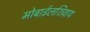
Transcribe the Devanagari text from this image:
मोबाईलशिवाय